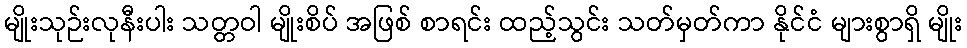
မျိုးသုဉ်းလုနီးပါး သတ္တဝါ မျိုးစိပ် အဖြစ် စာရင်း ထည့်သွင်း သတ်မှတ်ကာ နိုင်ငံ များစွာရှိ မျိုး